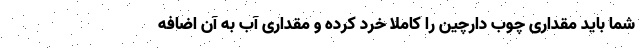
شما باید مقداری چوب دارچین را کاملا خرد کرده و مقداری آب به آن اضافه